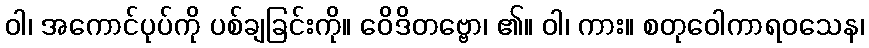
ဝါ၊ အကောင်ပုပ်ကို ပစ်ချခြင်းကို။ ဝေိဒိတဗ္ဗော၊ ၏။ ဝါ၊ ကား။ စတုဝေါကာရဝသေန၊